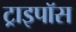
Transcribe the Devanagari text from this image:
ट्राइपॉस